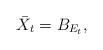
LaTeX: \begin{align*}\bar{X}_{t}=B_{E_{t}},\end{align*}